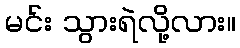
မင်း သွားရဲလို့လား။